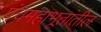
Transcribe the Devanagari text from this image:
पंचमहाभूतांतील